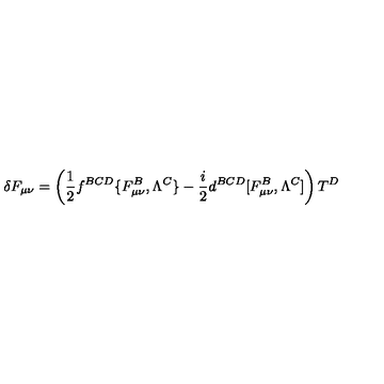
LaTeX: \delta F _ { \mu \nu } = \left( { \frac { 1 } { 2 } } f ^ { B C D } \{ F _ { \mu \nu } ^ { B } , \Lambda ^ { C } \} - { \frac { i } { 2 } } d ^ { B C D } [ F _ { \mu \nu } ^ { B } , \Lambda ^ { C } ] \right) T ^ { D }